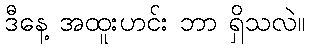
ဒီနေ့ အထူးဟင်း ဘာ ရှိသလဲ။